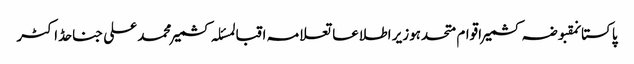
پاکستانمقبوضہ کشمیراقوام متحدہوزیر اطلاعاتعلامہ اقبالمسئلہ کشمیرمحمد علی جناحڈاکٹر